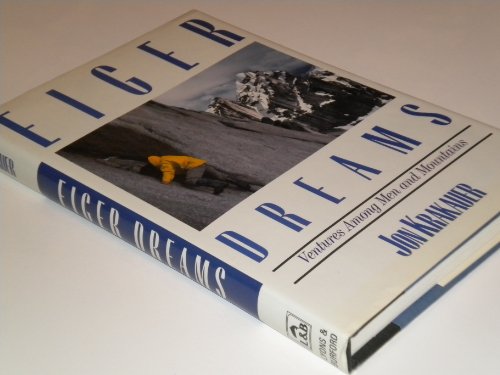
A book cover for Eiger Dreams; Jon Krakauer; Sports & Outdoors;